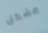
مشكل